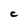
Character: C